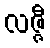
လဇ္ဇီ